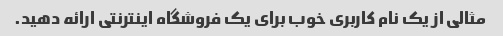
مثالی از یک نام کاربری خوب برای یک فروشگاه اینترنتی ارائه دهید.